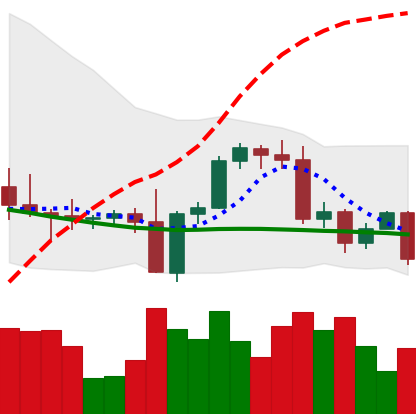
Ticker: BNB-USD
Chart end date: 2022-09-18
Forward return: 3.872%
Label: up_3_5